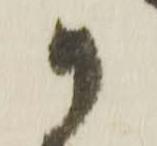
御